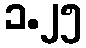
၁.၂၅